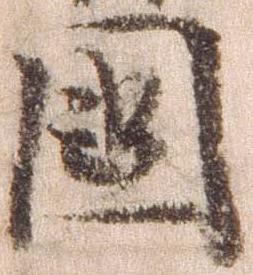
国